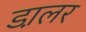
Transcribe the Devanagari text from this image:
डा़लर